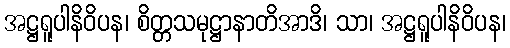
အဋ္ဌရူပါနိဝိပန၊ စိတ္တသမုဋ္ဌာနာတိအာဒိ၊ သာ၊ အဋ္ဌရူပါနိဝိပန၊